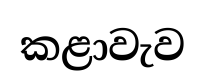
කළාවැව